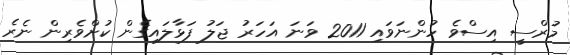
މުރްސީ އިސްވެ ހުންނަވައި 2011 ވަނަ އަހަރު ޖަލު ފަޅާލައިގެން ކުށްވެރިން ނެރެ